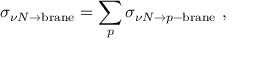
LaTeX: \sigma _ { \nu N \to \mathrm { b r a n e } } = \sum _ { p } \sigma _ { \nu N \to p \mathrm { - b r a n e } } \ ,